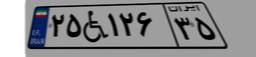
۲۵W۱۲۶۳۵